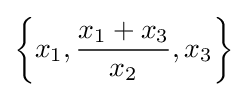
\left\{x_{1},{\frac {x_{1}+x_{3}}{x_{2}}},x_{3}\right\}